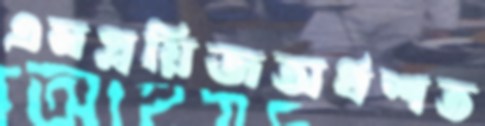
এমপ্লয়িজঅর্ধশত